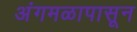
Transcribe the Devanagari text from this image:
अंगमळापासून